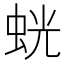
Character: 𫊶